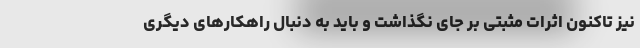
نیز تاکنون اثرات مثبتی بر جای نگذاشت و باید به دنبال راهکارهای دیگری